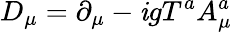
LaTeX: D_{\mu}=\partial_{\mu}-\mathit{i}gT^{a}A_{\mu}^{a}